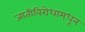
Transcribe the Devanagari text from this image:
जातीविरोधामधून